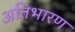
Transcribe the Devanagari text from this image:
अतिभारण